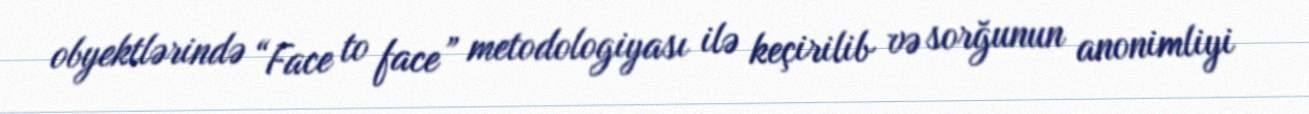
obyektlərində “Face to face” metodologiyası ilə keçirilib və sorğunun anonimliyi